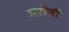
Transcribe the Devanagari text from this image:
मरोनी